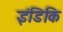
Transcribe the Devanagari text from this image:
इंडिकि